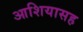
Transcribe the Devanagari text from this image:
आशियासह